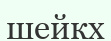
шейкх